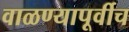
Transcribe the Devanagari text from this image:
वाळण्यापूर्वीच